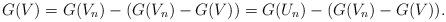
LaTeX: \begin{align*}G(V)=G(V_n)-(G(V_n)-G(V))=G(U_n)-(G(V_n)-G(V)). \end{align*}